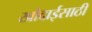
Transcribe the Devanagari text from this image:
खोदाईसाठी